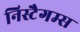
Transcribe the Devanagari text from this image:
निस्टैगम्स